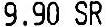
9.90 SR